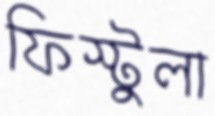
ফিস্টুলা